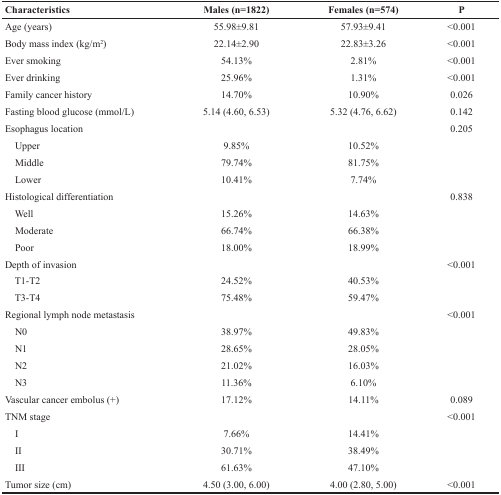
| Characteristics | Males (n=1822) | Females (n=574) | P |
 | --- | --- | --- | --- |
 | Age (years) | 55.98±9.81 | 57.93±9.41 | <0.001 |
 | Body mass index (kg/m2) | 22.14±2.90 | 22.83±3.26 | <0.001 |
 | Ever smoking | 54.13% | 2.81% | <0.001 |
 | Ever drinking | 25.96% | 1.31% | <0.001 |
 | Family cancer history | 14.70% | 10.90% | 0.026 |
 | Fasting blood glucose (mmol/L) | 5.14 (4.60, 6.53) | 5.32 (4.76, 6.62) | 0.142 |
 | Esophagus location |  |  | 0.205 |
 | Upper | 9.85% | 10.52% |  |
 | Middle | 79.74% | 81.75% |  |
 | Lower | 10.41% | 7.74% |  |
 | Histological differentiation |  |  | 0.838 |
 | Well | 15.26% | 14.63% |  |
 | Moderate | 66.74% | 66.38% |  |
 | Poor | 18.00% | 18.99% |  |
 | Depth of invasion |  |  | <0.001 |
 | T1-T2 | 24.52% | 40.53% |  |
 | T3-T4 | 75.48% | 59.47% |  |
 | Regional lymph node metastasis |  |  | <0.001 |
 | N0 | 38.97% | 49.83% |  |
 | N1 | 28.65% | 28.05% |  |
 | N2 | 21.02% | 16.03% |  |
 | N3 | 11.36% | 6.10% |  |
 | Vascular cancer embolus (+) | 17.12% | 14.11% | 0.089 |
 | TNM stage |  |  | <0.001 |
 | I | 7.66% | 14.41% |  |
 | II | 30.71% | 38.49% |  |
 | III | 61.63% | 47.10% |  |
 | Tumor size (cm) | 4.50 (3.00, 6.00) | 4.00 (2.80, 5.00) | <0.001 |